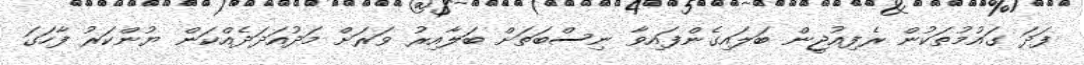
ފަދަ ގައުމުތަކުން ރެފިއުޖީން ބަލައިގެންފައިވާ ނިސްބަތަށް ބަލާއިރު ވަރަށް މަދުއަދަދެއްކަން ޔުންކަރު ފާހަގަ